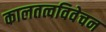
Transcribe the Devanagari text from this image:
कालतत्वविवेचन